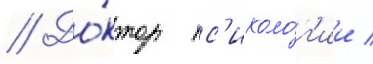
// До́ктор пс'ихоло́г'ии /